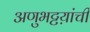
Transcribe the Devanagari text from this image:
अणुभट्टय़ांची